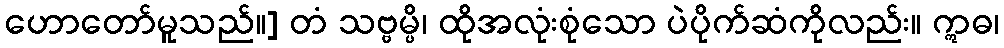
ဟောတော်မူသည်။] တံ သဗ္ဗမ္ပိ၊ ထိုအလုံးစုံသော ပဲပိုက်ဆံကိုလည်း။ ဣဓ၊